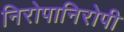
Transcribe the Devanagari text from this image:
निरोपानिरोपी